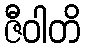
ဇီဝါတိ